Document type: Pledge
Year: 1265
Scribe: Pere Marc
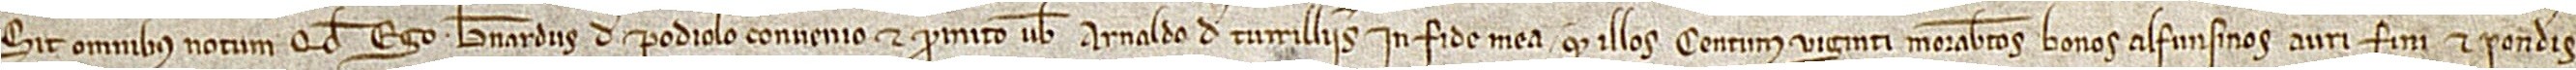
Sit omnibus notum quod ego Bernardus de Podiolo convenio et promito vobis Arnaldo de Turrilliis in fide mea quod illos centum viginti morabatinos bonos alfonsinos auri fini et ponderis